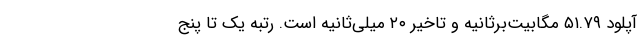
آپلود ۵۱.۷۹ مگابیت‌برثانیه و تاخیر ۲۰ میلی‌ثانیه است. رتبه یک تا پنج